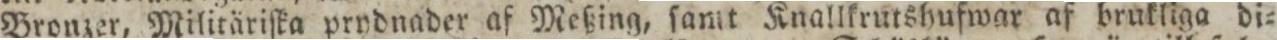
Bronzer, Militäriſka prydnader af Meßing, ſamt Knallkrutshufwar af brukliga di=